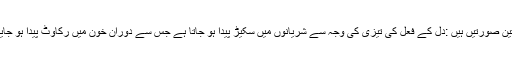
مرض کی تین صورتیں ہیں :دل کے فعل کی تیزی کی وجہ سے شریانوں میں سکیڑ پیدا ہو جاتا ہے جس سے دورانِ خون میں رکاوٹ پیدا ہو جایا کرتی ہے۔